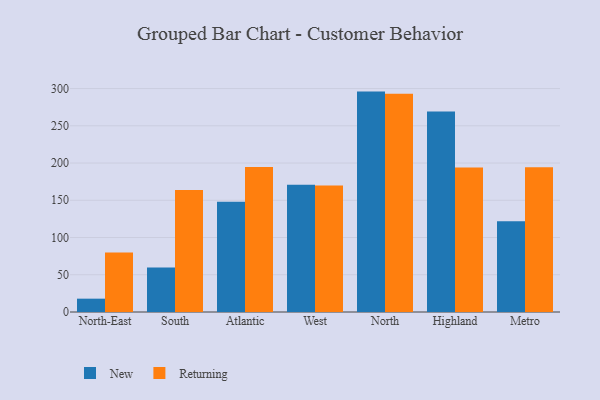
{"axis": {"x": "Region", "y": "Budget (USD K)"}, "legend": ["New", "Returning"], "data": [{"x": "North-East", "y": 17.9, "type": "New"}, {"x": "North-East", "y": 80.0, "type": "Returning"}, {"x": "South", "y": 59.9, "type": "New"}, {"x": "South", "y": 163.7, "type": "Returning"}, {"x": "Atlantic", "y": 148.1, "type": "New"}, {"x": "Atlantic", "y": 194.6, "type": "Returning"}, {"x": "West", "y": 170.8, "type": "New"}, {"x": "West", "y": 169.7, "type": "Returning"}, {"x": "North", "y": 295.9, "type": "New"}, {"x": "North", "y": 292.9, "type": "Returning"}, {"x": "Highland", "y": 269.1, "type": "New"}, {"x": "Highland", "y": 193.9, "type": "Returning"}, {"x": "Metro", "y": 121.7, "type": "New"}, {"x": "Metro", "y": 194.3, "type": "Returning"}]}